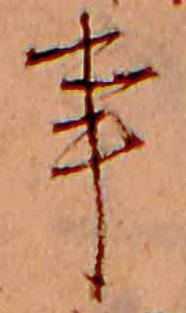
事